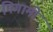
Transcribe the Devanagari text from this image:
निगामी